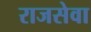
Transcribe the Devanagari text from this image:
राजसेवा